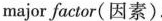
major factor(因素).